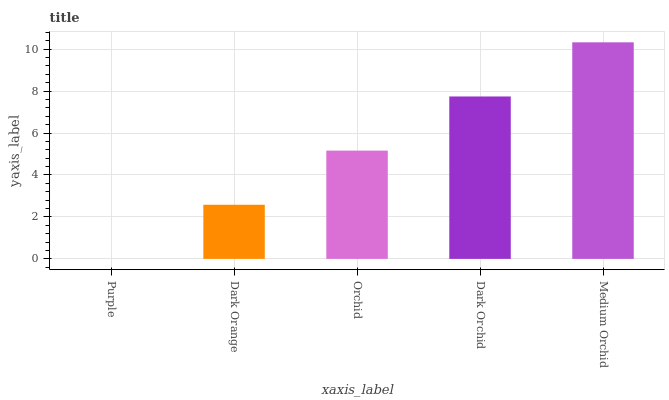
| xaxis_label | bars |
 | --- | --- |
 | Purple | 0 |
 | Dark Orange | 2.58 |
 | Orchid | 5.16 |
 | Dark Orchid | 7.74 |
 | Medium Orchid | 10.3 |